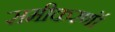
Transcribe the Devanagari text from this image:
समीकरणॉ